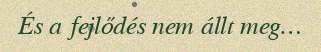
És a fejlődés nem állt meg…